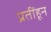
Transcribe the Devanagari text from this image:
प्रतींहून